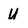
Character: U